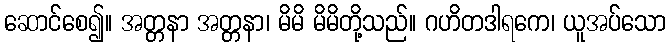
ဆောင်စေ၍။ အတ္တနာ အတ္တနာ၊ မိမိ မိမိတို့သည်။ ဂဟိတဒါရကေ၊ ယူအပ်သော